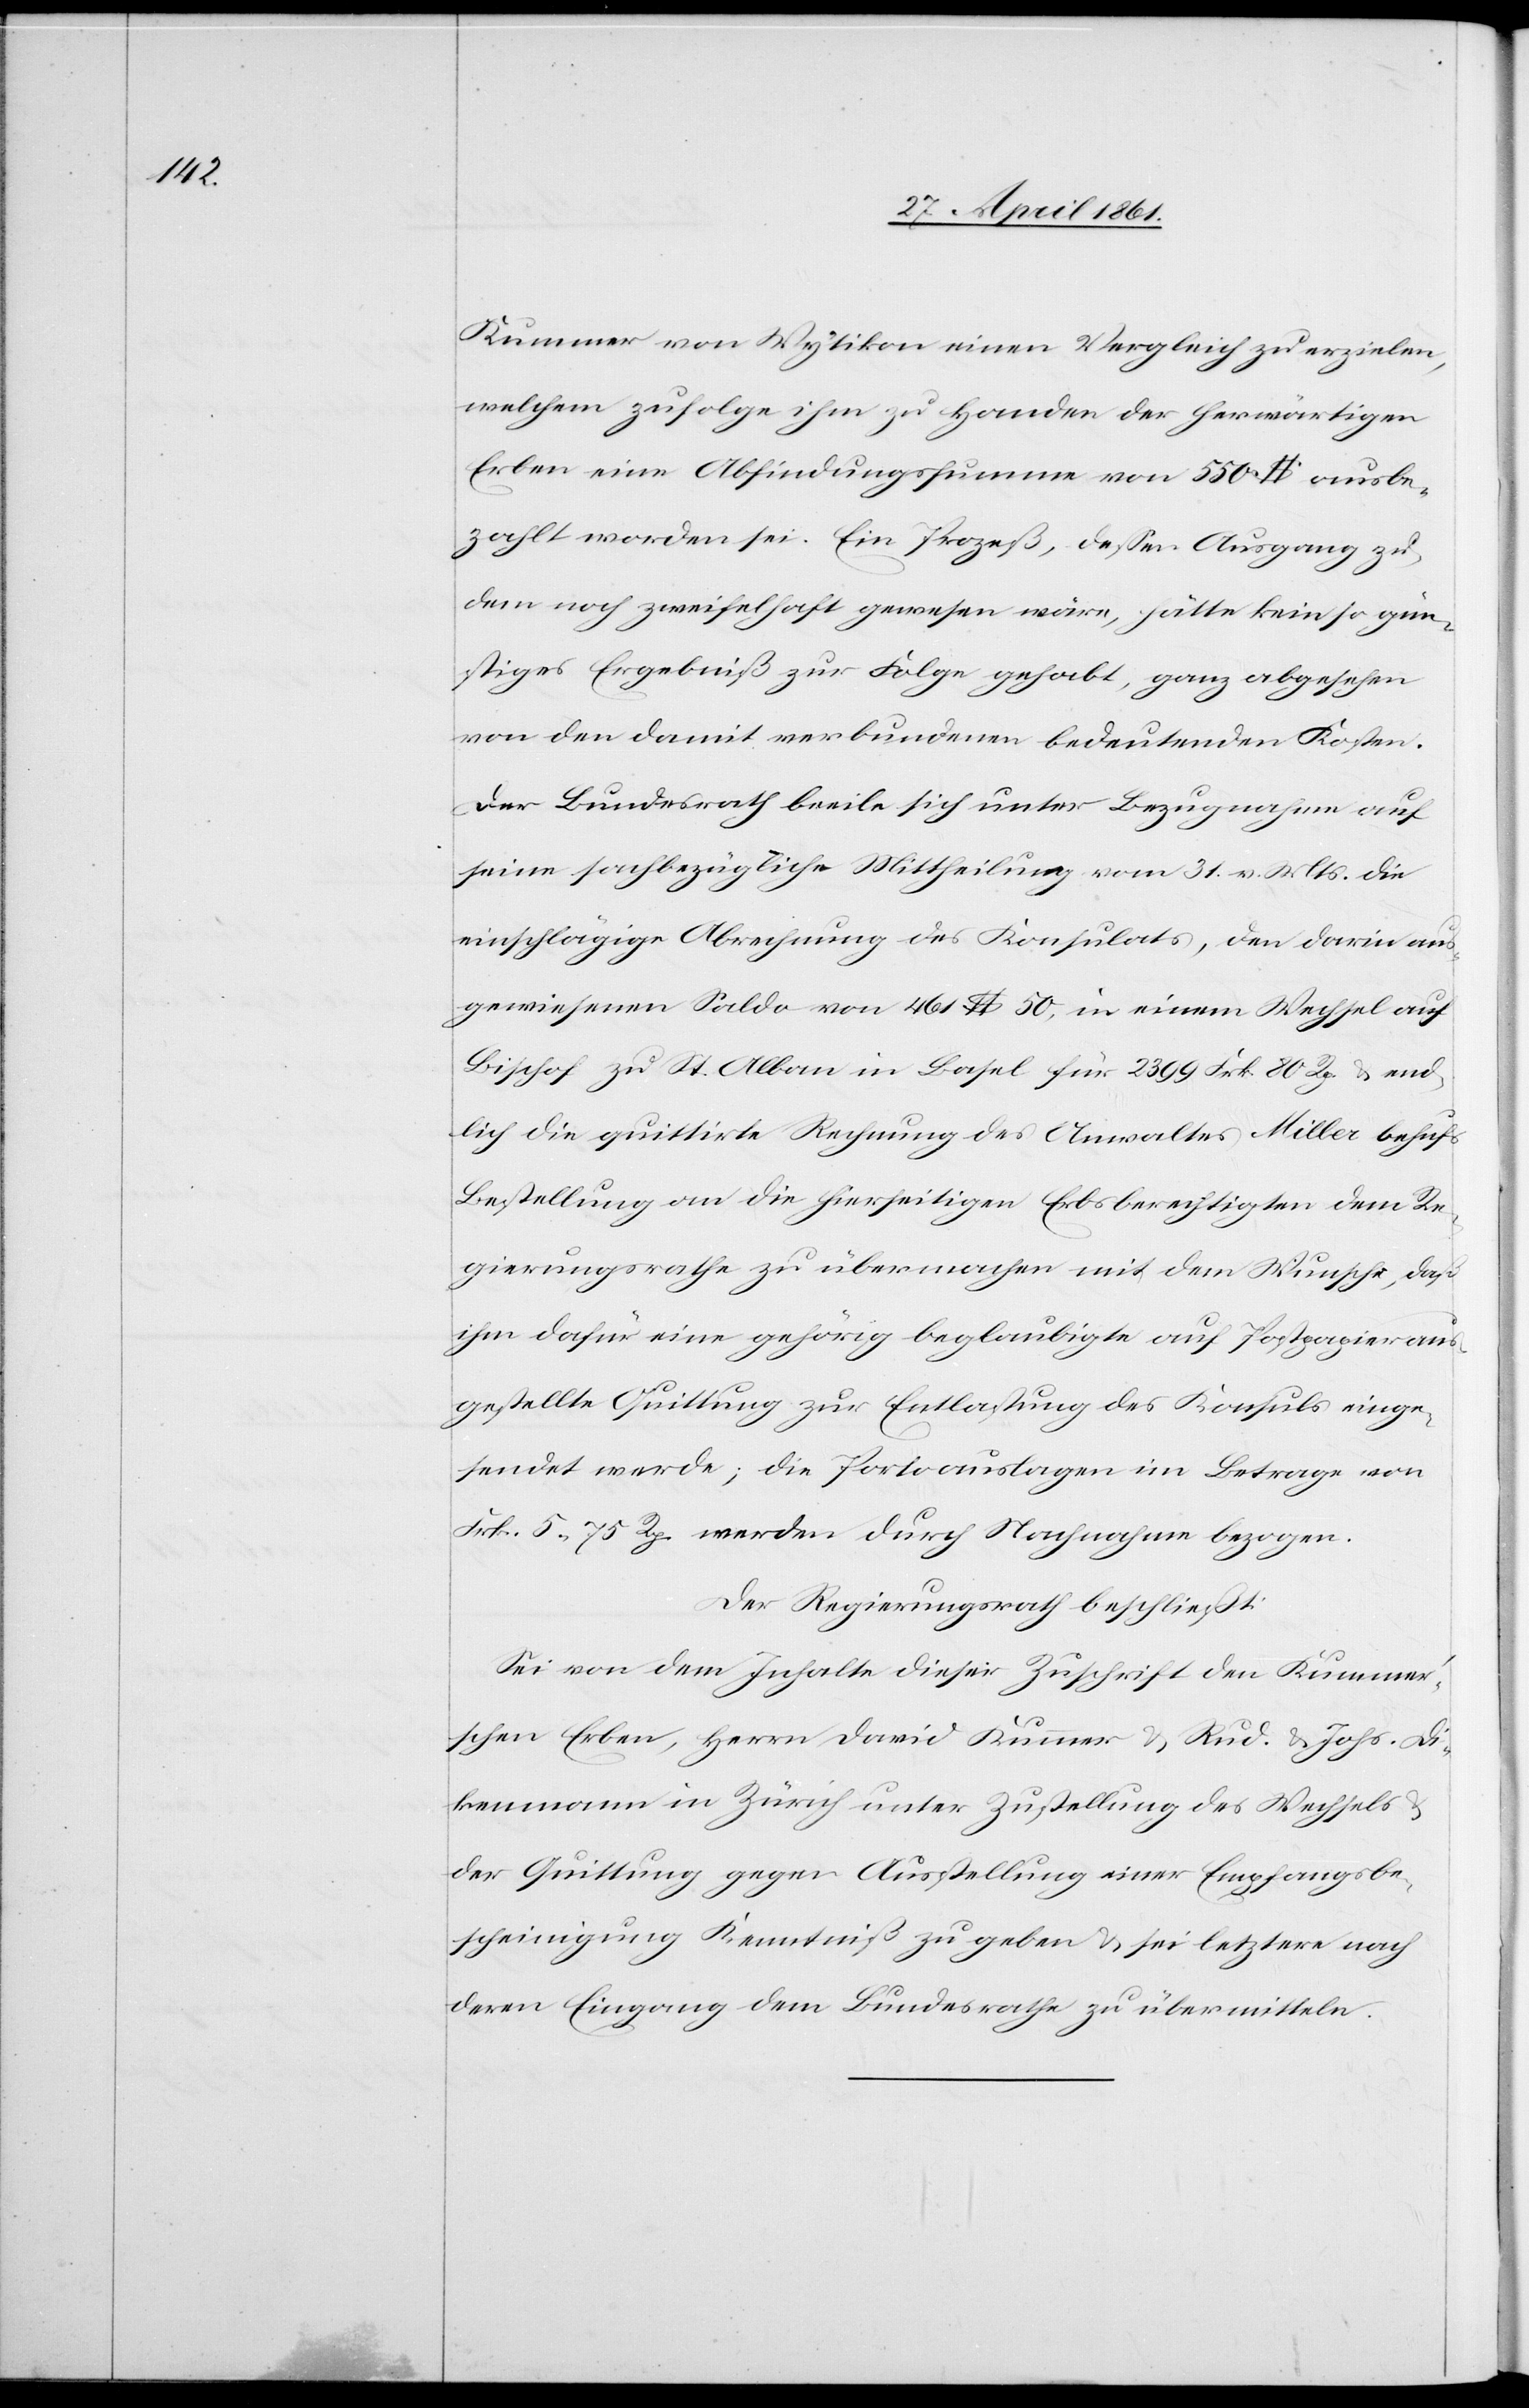
Kummer von Wytikon einen Vergleich zu erzielen,
welchem zufolge ihm zu Handen der herwärtigen
Erben eine Abfindungssumme von 550$ ausbe¬
zahlt worden sei. Ein Prozeß, dessen Ausgang zu
dem noch zweifelhaft gewesen wäre, hätte kein so gün¬
stiges Ergebniß zur Folge gehabt, ganz abgesehen
von den damit verbundenen bedeutenden Kosten.
Der Bundesrath beeile sich unter Bezugnahme auf
seine sachbezügliche Mittheilung vom 31. v. Mts. die
einschlägige Abrechnung des Konsulats, den darin aus¬
gewiesenen Saldo von 461$ 50, in einem Wechsel auf
Bischof zu St. Alban in Basel für 2399 Frk. 80 Rp. u. end¬
lich die quittirte Rechnung des Anwaltes Miller behufs
Bestellung an die hierseitigen Erbsberechtigten dem Re¬
gierungsrathe zu übermachen mit dem Wunsche, daß
ihm dafür eine gehörig beglaubigte auf Postpapier aus¬
gestellte Quittung zur Entlassung des Konsuls einge¬
sendet werde; die Portoauslagen im Betrage von
Frk. 5 75 R. werden durch Nachnahme bezogen.
Der Regierungsrath beschließt:
Sei von dem Inhalte dieser Zuschrift den Kummer¬
schen Erben, Herrn David Kummer u. Rud. u. Johs. Di¬
kenmann in Zürich unter Zustellung des Wechsels
der Quittung gegen Ausstellung einer Empfangsbe¬
scheinigung Kenntniß zu geben u. sei letztere nach
deren Eingang dem Bundesrathe zu übermitteln.